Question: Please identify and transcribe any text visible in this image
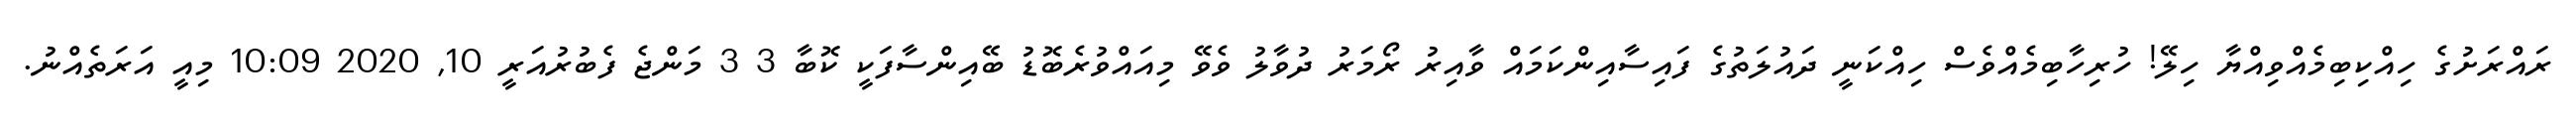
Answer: ރައްރަށުގެ ހިއްކިބިމެއްވިއްޔާ ހިލޭ! ހުރިހާބިމެއްވެސް ހިއްކަނީ ދައުލަތުގެ ފައިސާއިންކަމައް ވާއިރު ރޯމަރު ދުވާލު ވެވޭ މިއައްވުރެބޮޑު ބޭއިންސާފަކީ ކޮބާ 3 3 މަންޖެ ފެބުރުއަރީ 10, 2020 10:09 މިއީ އަރަތެއްނު.